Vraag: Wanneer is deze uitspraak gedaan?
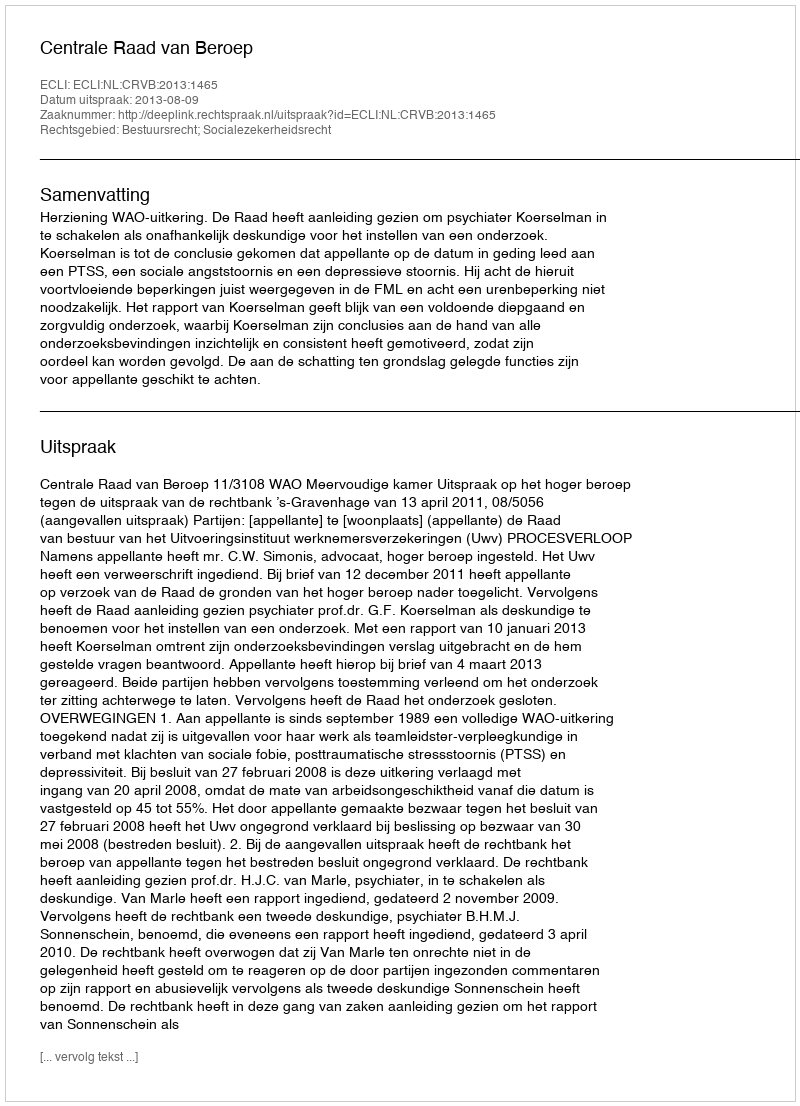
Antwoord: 2013-08-09